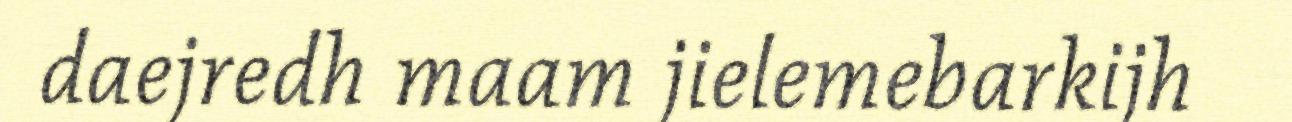
daejredh maam jielemebarkijh